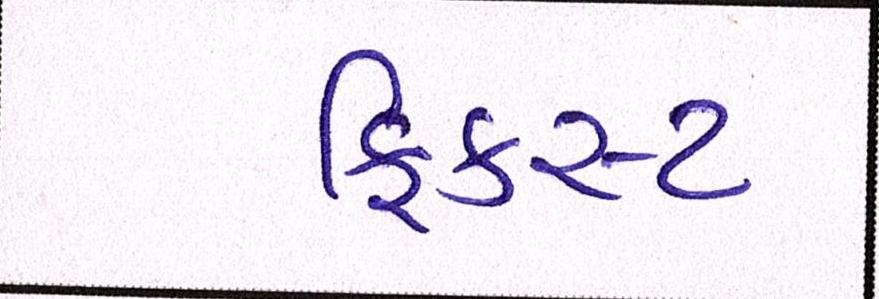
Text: ફિકસ્ડ